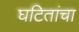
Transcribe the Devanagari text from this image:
घटितांचा